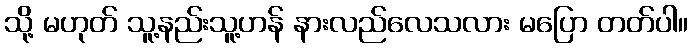
သို့ မဟုတ် သူ့နည်းသူ့ဟန် နားလည်လေသလား မပြော တတ်ပါ။